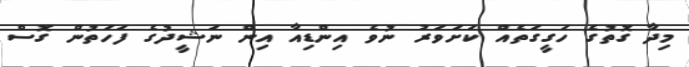
މިދާ ގޮތުގެ ހަގީގަތެއް ކަށަވަރު ނުވެ އިންޑިއާ އިން ނަޝީދުގެ ފަހަތުން ގޮސް